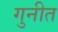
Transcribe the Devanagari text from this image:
गुनीत